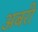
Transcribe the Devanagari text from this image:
अबरी